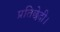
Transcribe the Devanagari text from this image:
प्रतिछेदी।